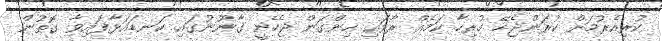
ކުރިއެރުމަށް ކުރަންޖެހޭ ހުރިހާ ކަމެއް ރާވައި ހިންގަން ޖެހެނީ ގާނޫނުގައި ކަނޑައަޅާފައިވާ ގޮތުން